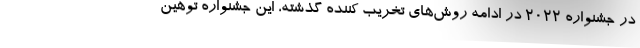
در ‌جشنواره ۲۰۲۲ در ادامه روش‌های تخریب کننده گذشته، این جشنواره توهین